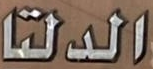
الدلتا